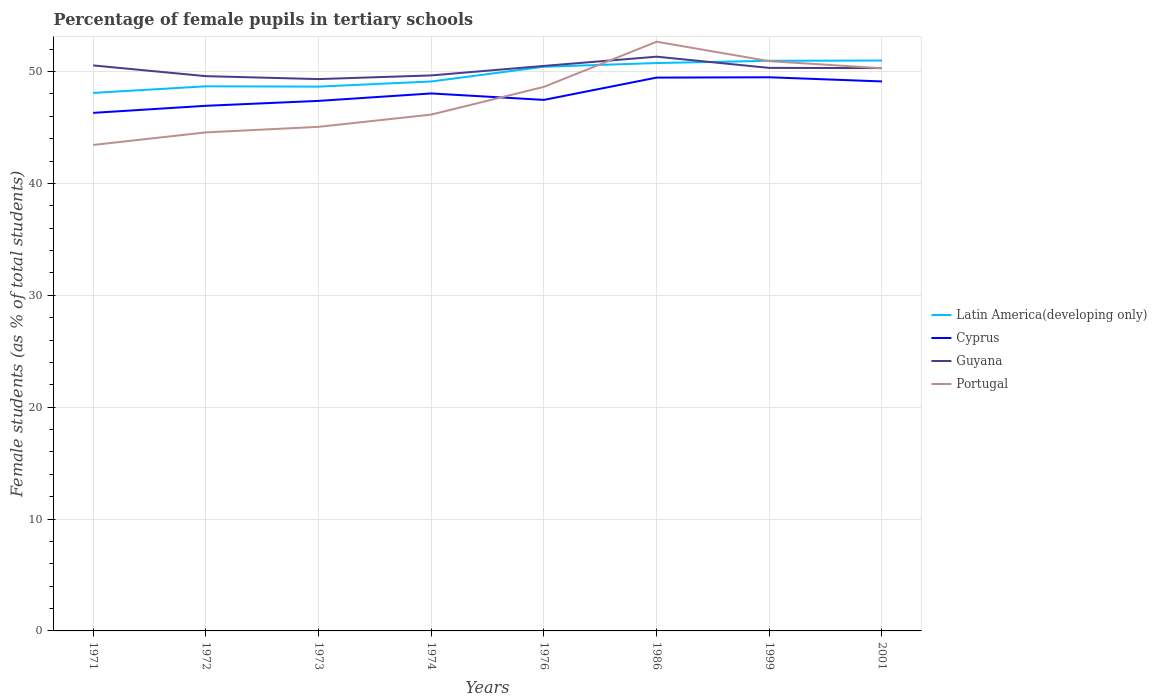
| Years | Latin America(developing only) | Cyprus | Guyana | Portugal |
 | --- | --- | --- | --- | --- |
 | 1971 | 48.1 | 46.3 | 50.5 | 43.4 |
 | 1972 | 48.7 | 46.9 | 49.6 | 44.6 |
 | 1973 | 48.7 | 47.4 | 49.3 | 45.1 |
 | 1974 | 49.1 | 48 | 49.7 | 46.2 |
 | 1976 | 50.4 | 47.5 | 50.5 | 48.6 |
 | 1986 | 50.8 | 49.5 | 51.3 | 52.7 |
 | 1999 | 51 | 49.5 | 50.3 | 50.9 |
 | 2001 | 51 | 49.1 | 50.3 | 50.3 |